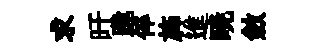
求旴跪倅斾進暁斂